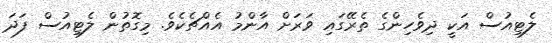
ލެޓިއުސް އަކީ ދިވެހިންގެ ތެރޭގައި ވަރަށް އާންމު އެއްޗެކެވެ. މިގޮތުން ލެޓިއުސް ފަދަ